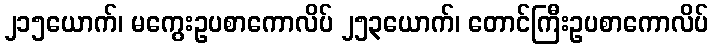
၂၁၅ယောက်၊ မကွေးဥပစာကောလိပ် ၂၅၃ယောက်၊ တောင်ကြီးဥပစာကောလိပ်